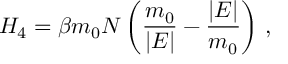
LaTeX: H _ { 4 } = \beta m _ { 0 } N \left( \frac { m _ { 0 } } { \vert E \vert } - \frac { \vert E \vert } { m _ { 0 } } \right) \, ,